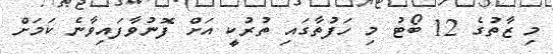
މި ޒާތުގެ 12 ބޯޓު މި ހަފުތާގައި ތުރުކީ އަށް ފޮނުވާފައިވާނެ ކަމަށް